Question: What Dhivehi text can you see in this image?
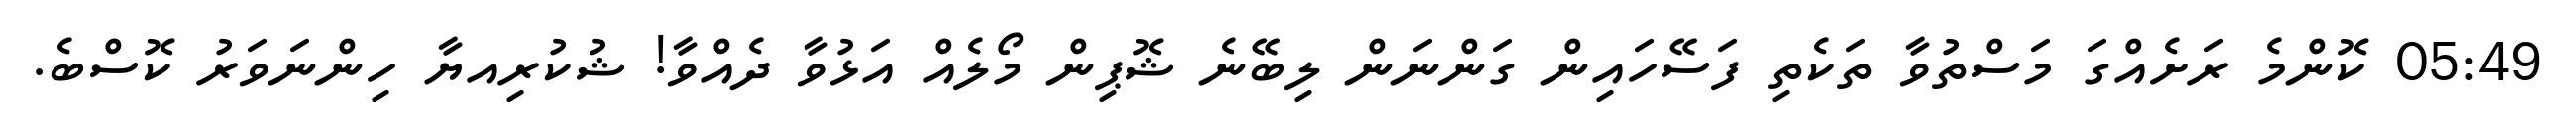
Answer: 05:49 ކޮންމެ ރަށެއްގަ މަސްތުވާ ތަކެތި ފަސޭހައިން ގަންނަން ލިބޭނެ ޝޮޕިން މޯލެއް އަޅުވާ ދެއްވާ! ޝުކުރިއޔާ ހިންނަވަރު ކޮސްބެ.